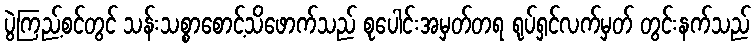
ပွဲကြည့်စင်တွင် သန်းသစ္စာစောင့်သိဖောက်သည် စုပေါင်းအမှတ်တရ ရုပ်ရှင်လက်မှတ် တွင်းနက်သည်